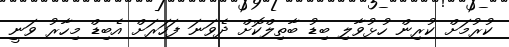
ކުރުމަށް ކުރިން ހުޅުވާލި ބިޑު ބާތިލްކޮށް ދެވަނަ ފަހަރަށް އެބިޑް މިހާރު ވަނީ